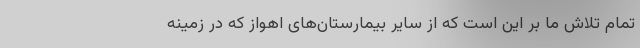
تمام تلاش ما بر این است که از سایر بیمارستان‌های اهواز که در زمینه